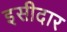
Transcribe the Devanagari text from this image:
इसीदार